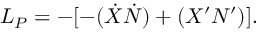
{ \cal L _ { P } } = - [ - ( \dot { X } \dot { N } ) + ( X ^ { \prime } N ^ { \prime } ) ] .